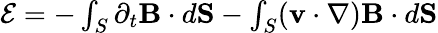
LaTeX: \begin{array}{r}{{\cal E}=-\int_{S}\partial_{t}{\mathbf B}\cdot d{\mathbf S}-\int_{S}({\mathbf v}\cdot\nabla){\mathbf B}\cdot d{\mathbf S}}\end{array}